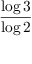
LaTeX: \frac { \log 3 } { \log 2 }